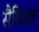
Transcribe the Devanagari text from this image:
सैविउक